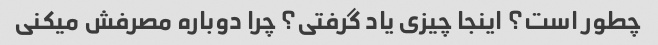
چطور است؟ اینجا چیزی یاد گرفتی؟ چرا دوباره مصرفش میکنی